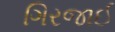
ગિરજાઈ